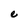
Character: e